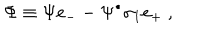
LaTeX: \Phi \equiv \Psi e _ { - } - \Psi ^ { \bullet } \sigma _ { 1 } e _ { + } ~ ,